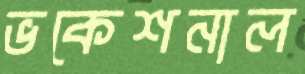
ভকেশনাল